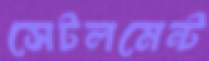
সেটলমেন্ট